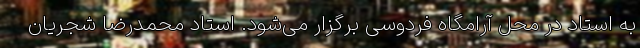
به استاد در محل آرامگاه فردوسی برگزار می‌شود. استاد محمدرضا شجریان